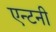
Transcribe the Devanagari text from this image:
एन्टनी